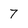
Character: 7